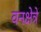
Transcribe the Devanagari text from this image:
वनक्षेत्रे